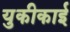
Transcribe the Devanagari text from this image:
युकीकाई